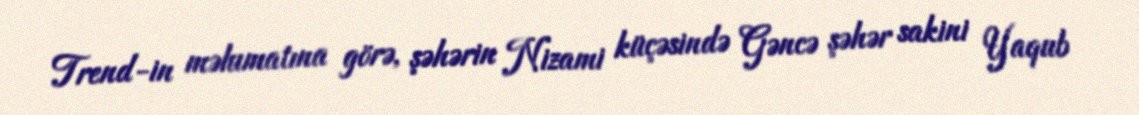
Trend-in məlumatına görə, şəhərin Nizami küçəsində Gəncə şəhər sakini Yaqub